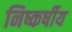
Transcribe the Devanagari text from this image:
निष्कर्षीय